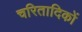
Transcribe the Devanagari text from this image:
चरितादिकों